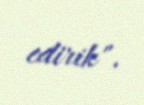
edirik".